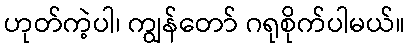
ဟုတ်ကဲ့ပါ၊ ကျွန်တော် ဂရုစိုက်ပါမယ်။